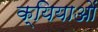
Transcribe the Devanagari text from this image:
क्यियाओं